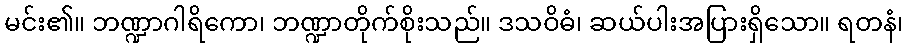
မင်း၏။ ဘဏ္ဍာဂါရိကော၊ ဘဏ္ဍာတိုက်စိုးသည်။ ဒသဝိဓံ၊ ဆယ်ပါးအပြားရှိသော။ ရတနံ၊